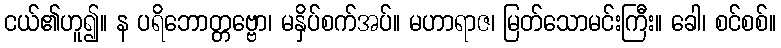
ငယ်၏ဟူ၍။ န ပရိဘောတ္တဗ္ဗော၊ မနှိပ်စက်အပ်။ မဟာရာဇ၊ မြတ်သောမင်းကြီး။ ခေါ၊ စင်စစ်။